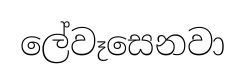
ලේවෑසෙනවා